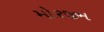
મોરજીમ